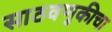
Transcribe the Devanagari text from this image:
साठवणुकीचा